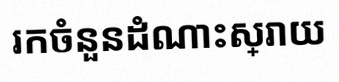
រកចំនួនដំណោះស្រាយ